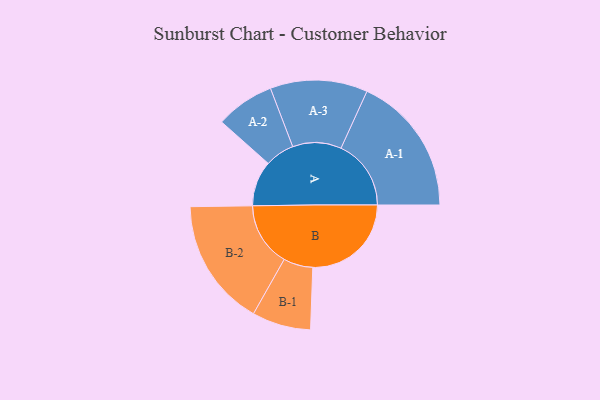
{"axis": {"x": "Segment", "y": "Value"}, "legend": ["", "A", "B"], "data": [{"x": "A", "y": 193, "type": ""}, {"x": "B", "y": 419, "type": ""}, {"x": "A-1", "y": 298, "type": "A"}, {"x": "A-2", "y": 125, "type": "A"}, {"x": "A-3", "y": 207, "type": "A"}, {"x": "B-1", "y": 125, "type": "B"}, {"x": "B-2", "y": 272, "type": "B"}]}